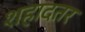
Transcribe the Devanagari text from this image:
शहादतर